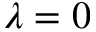
\lambda = 0